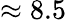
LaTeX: \approx 8.5